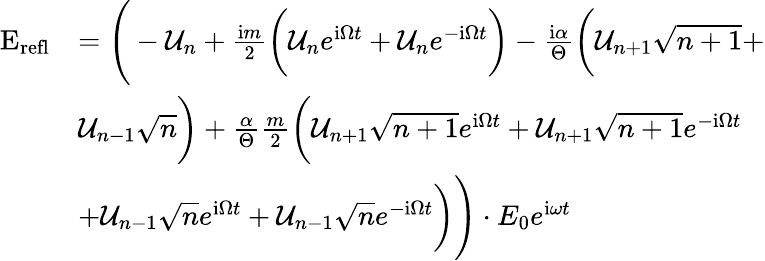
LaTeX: \begin{array}{rl}{\mathrm{E}_{\mathrm{refl}}}&{=\Bigg(-\mathcal{U}_{n}+\frac{\mathrm{i}m}{2}\bigg(\mathcal{U}_{n}e^{\mathrm{i}\Omega t}+\mathcal{U}_{n}e^{-\mathrm{i}\Omega t}\bigg)-\frac{\mathrm{i}\alpha}{\Theta}\bigg(\mathcal{U}_{n+1}\sqrt{n+1}+}\\ &{\mathcal{U}_{n-1}\sqrt{n}\bigg)+\frac{\alpha}{\Theta}\frac{m}{2}\bigg(\mathcal{U}_{n+1}\sqrt{n+1}e^{\mathrm{i}\Omega t}+\mathcal{U}_{n+1}\sqrt{n+1}e^{-\mathrm{i}\Omega t}}\\ &{+\mathcal{U}_{n-1}\sqrt{n}e^{\mathrm{i}\Omega t}+\mathcal{U}_{n-1}\sqrt{n}e^{-\mathrm{i}\Omega t}\bigg)\Bigg)\cdot E_{0}e^{\mathrm{i}\omega t}}\end{array}